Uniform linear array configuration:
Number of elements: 48
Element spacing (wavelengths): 0.5
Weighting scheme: uniform
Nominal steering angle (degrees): -30
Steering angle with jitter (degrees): -31.232
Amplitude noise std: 0.05
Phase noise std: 0.05

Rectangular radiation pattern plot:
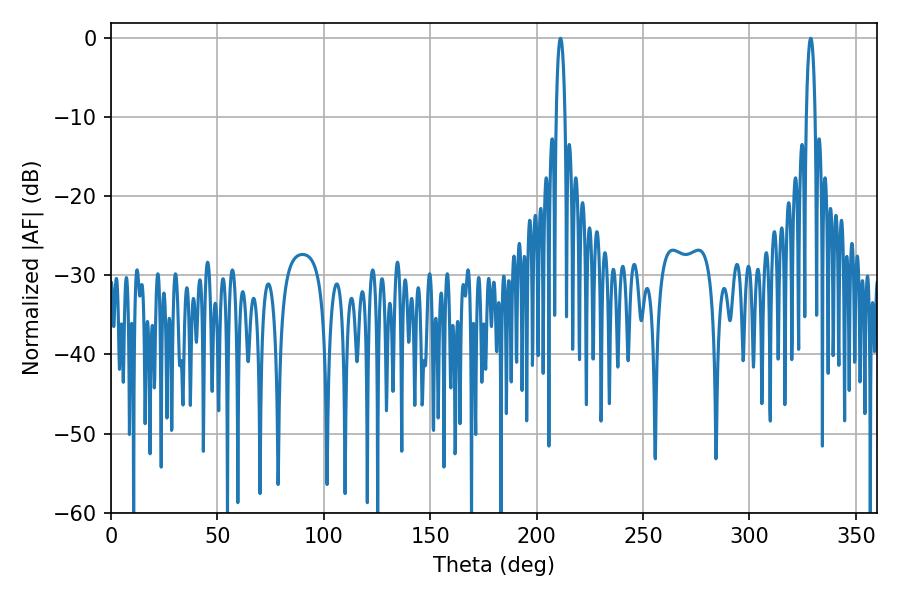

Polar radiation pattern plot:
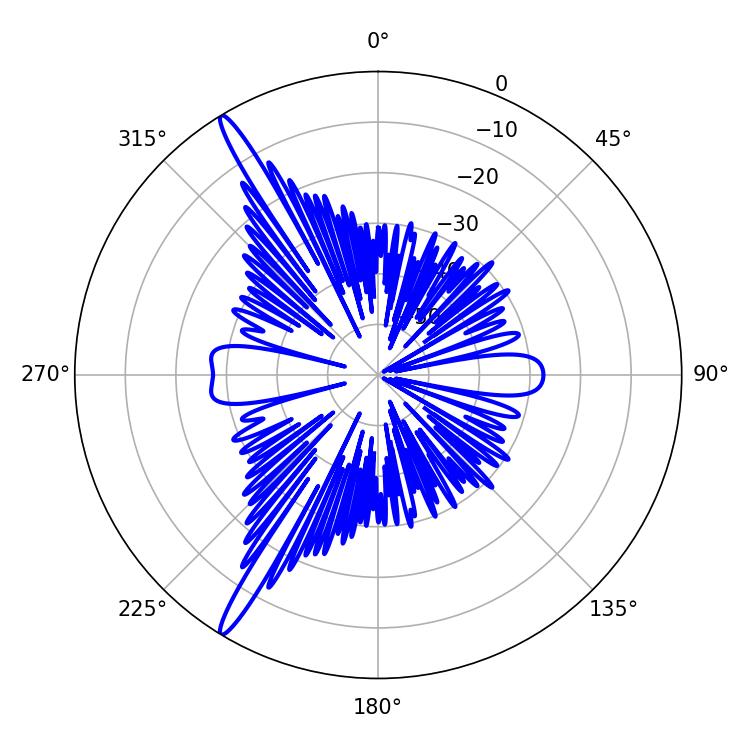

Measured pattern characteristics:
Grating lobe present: FALSE
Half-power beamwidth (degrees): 2.34
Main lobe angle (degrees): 211.14